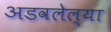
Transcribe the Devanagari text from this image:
अडवलेल्या